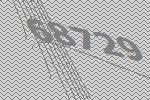
68729